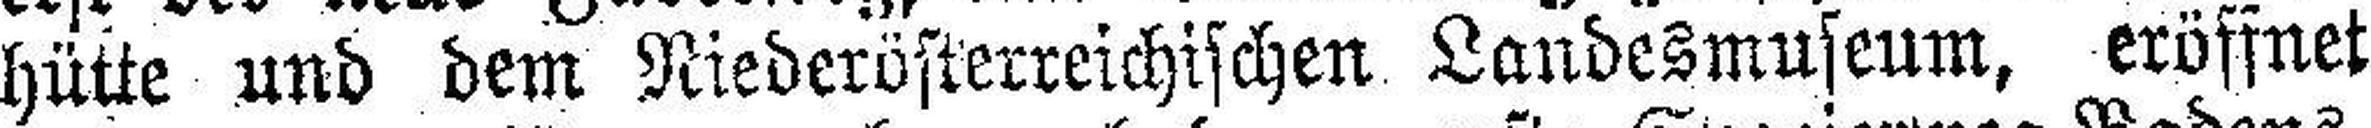
hütte und dem Niederösterreichischen Landesmuseum, eröffnet